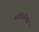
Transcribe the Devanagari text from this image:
ग्लॅडिओलस